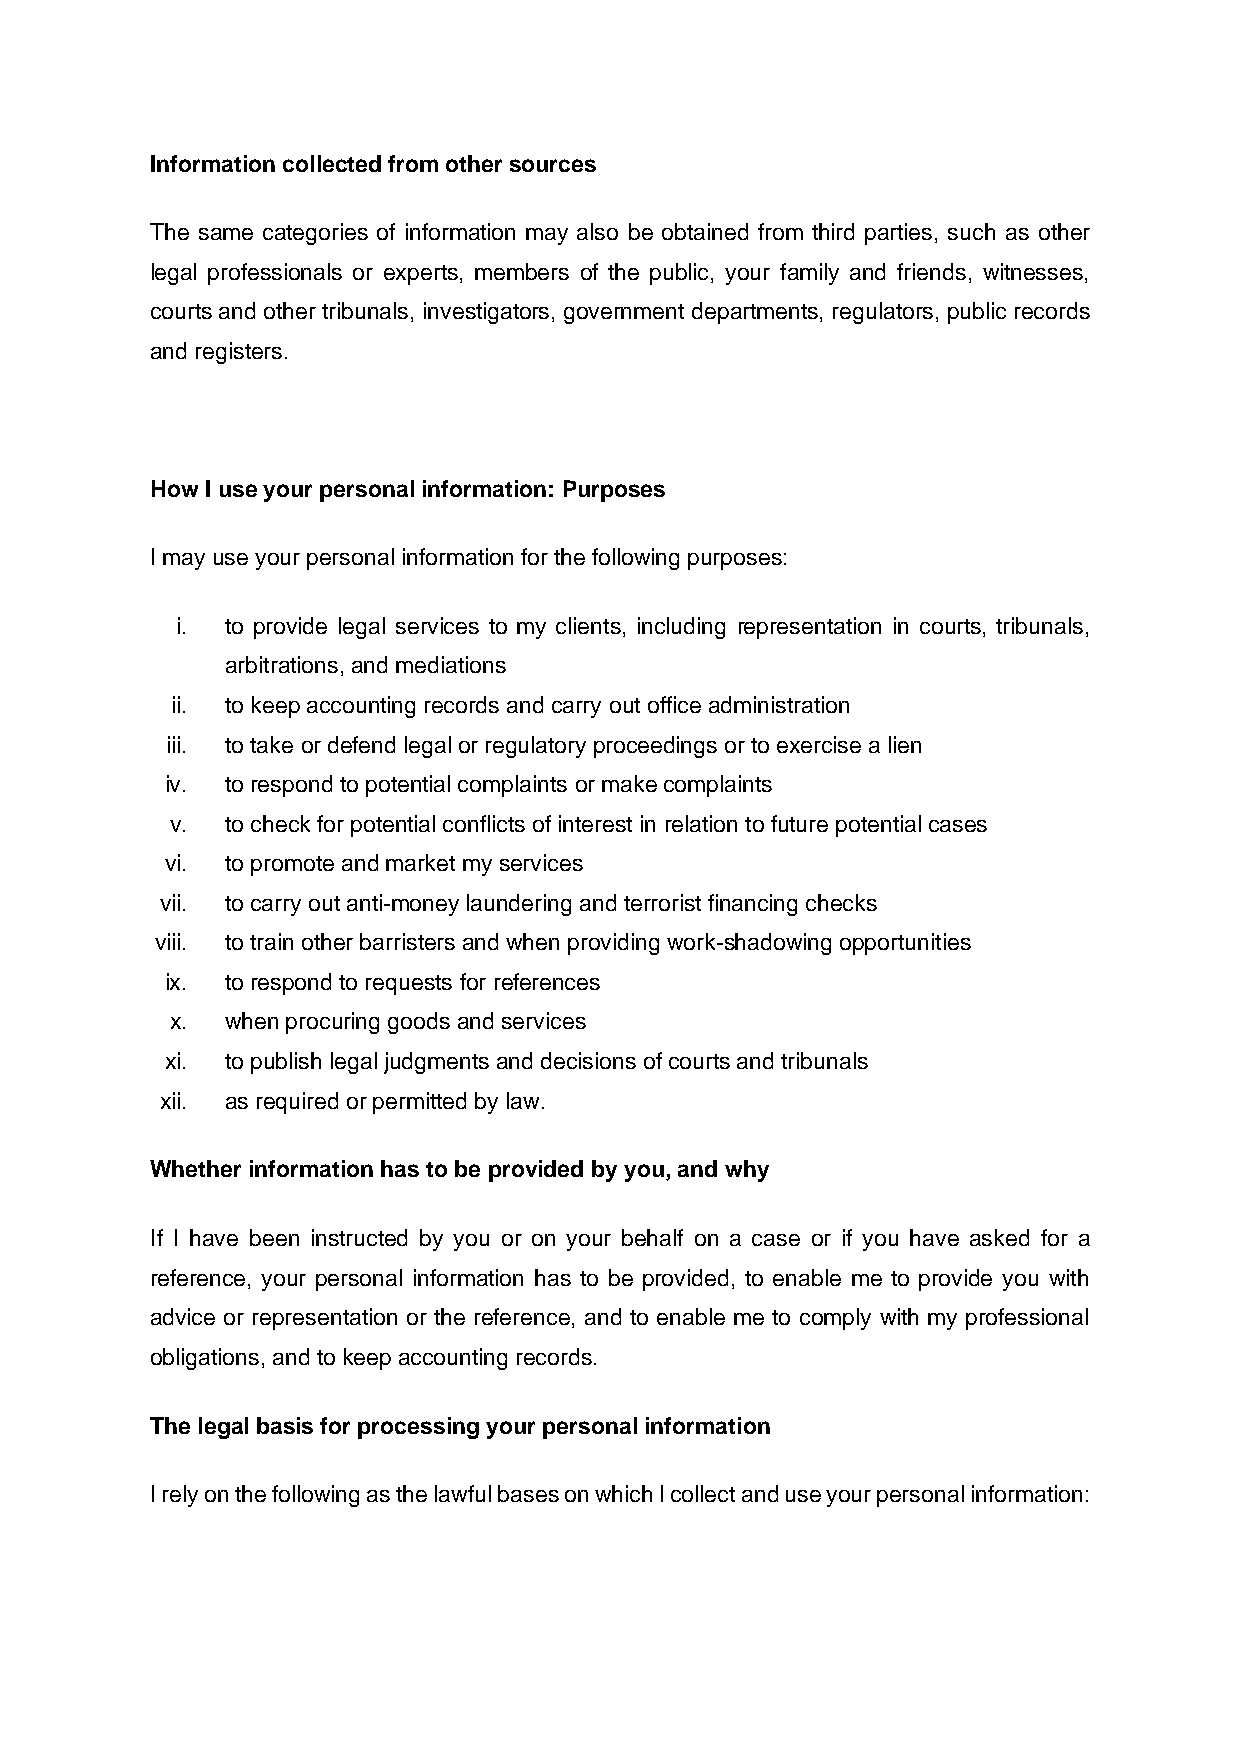
Information collected from other sources
 The same categories of information may also be obtained from third parties, such as other
 legal professionals or experts, members of the public, your family and friends, witnesses,
 courts and other tribunals, investigators, government departments, regulators, public records
 and registers.
 0 0 0 0
 How I use your personal information: Purposes
 I may use your personal information for the following purposes:
 i. to provide legal services to my clients, including representation in courts, tribunals,
 arbitrations, and mediations
 ii. to keep accounting records and carry out office administration
 iii. to take or defend legal or regulatory proceedings or to exercise a lien
 iv. to respond to potential complaints or make complaints
 v.  to check for potential conflicts of interest in relation to future potential cases
 vi. to promote and market my services
 vii. to carry out anti-money laundering and terrorist financing checks
 viii. to train other barristers and when providing work-shadowing opportunities
 ix. to respond to requests for references
 x.  when procuring goods and services
 xi. to publish legal judgments and decisions of courts and tribunals
 xii. as required or permitted by law.
 Whether information has to be provided by you, and why
 If I have been instructed by you or on your behalf on a case or if you have asked for a
 reference, your personal information has to be provided, to enable me to provide you with
 advice or representation or the reference, and to enable me to comply with my professional
 obligations, and to keep accounting records.
 The legal basis for processing your personal information
 I rely on the following as the lawful bases on which I collect and use your personal information: